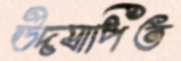
উদযাপিত